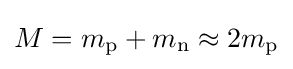
M=m_{\text{p}}+m_{\text{n}}\approx 2m_{\text{p}}